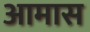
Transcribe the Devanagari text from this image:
आमास